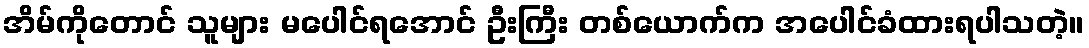
အိမ်ကိုတောင် သူများ မပေါင်ရအောင် ဦးကြီး တစ်ယောက်က အပေါင်ခံထားရပါသတဲ့။